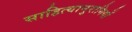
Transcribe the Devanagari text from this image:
साहित्यानुरागियों